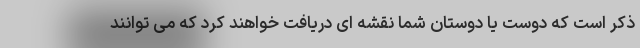
ذکر است که دوست یا دوستان شما نقشه ای دریافت خواهند کرد که می توانند